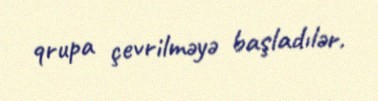
qrupa çevrilməyə başladılər.